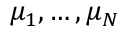
\mu _ { 1 } , \dots , \mu _ { N }